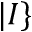
| I \}